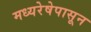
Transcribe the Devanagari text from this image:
मध्यरेषेपासून